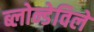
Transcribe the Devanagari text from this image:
ब्लोन्डेविले